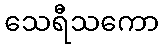
သေရီသကော